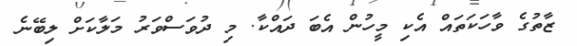
ޒާތުގެ ވާހަކަތައް އެކި މީހުން އެބަ ދައްކާ. މި ދުވަސްވަރު މަލާކަށް ލިބޭނެ